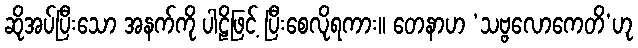
ဆိုအပ်ပြီးသော အနက်ကို ပါဠိဖြင့် ပြီးစေလိုရကား။ တေနာဟ ‘သဗ္ဗလောကေတိ’ဟု